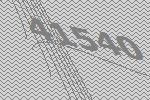
41540